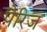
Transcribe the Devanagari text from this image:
पैरिज